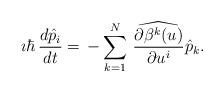
LaTeX: \begin{align*} \imath\hbar\,\frac{d \hat{p}_{i}}{d t}=\,-\sum^N_{k=1}\,\widehat{\frac{\partial {\beta}^{k}( u)}{\partial u^i}}\hat{p}_{k}. \end{align*}